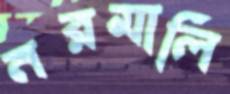
নরমালি